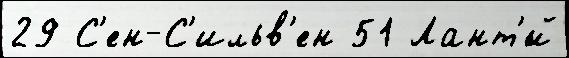
29 С'ен-С'ильв'ен 51 Лант'́й